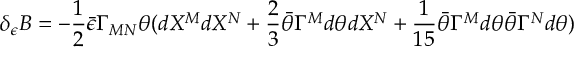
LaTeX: \delta _ { \epsilon } B = - { \frac { 1 } { 2 } } \bar { \epsilon } \Gamma _ { M N } \theta ( d X ^ { M } d X ^ { N } + { \frac { 2 } { 3 } } \bar { \theta } \Gamma ^ { M } d \theta d X ^ { N } + { \frac { 1 } { 1 5 } } \bar { \theta } \Gamma ^ { M } d \theta \bar { \theta } \Gamma ^ { N } d \theta )